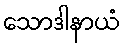
သောဒါနာယံ